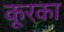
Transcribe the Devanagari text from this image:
कूरका